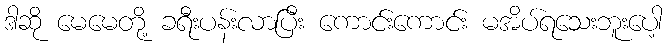
ဒါဆို မေမေတို့ ခရီးပန်းလာပြီး ကောင်းကောင်း မအိပ်ရသေးဘူးပေါ့